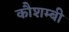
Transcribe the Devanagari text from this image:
कौशम्बी